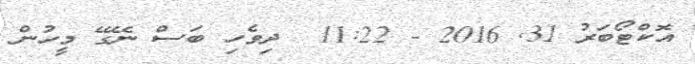
އޮކްޓޯބަރު 31